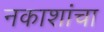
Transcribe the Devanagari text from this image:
नकाशांचा